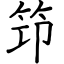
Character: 筇